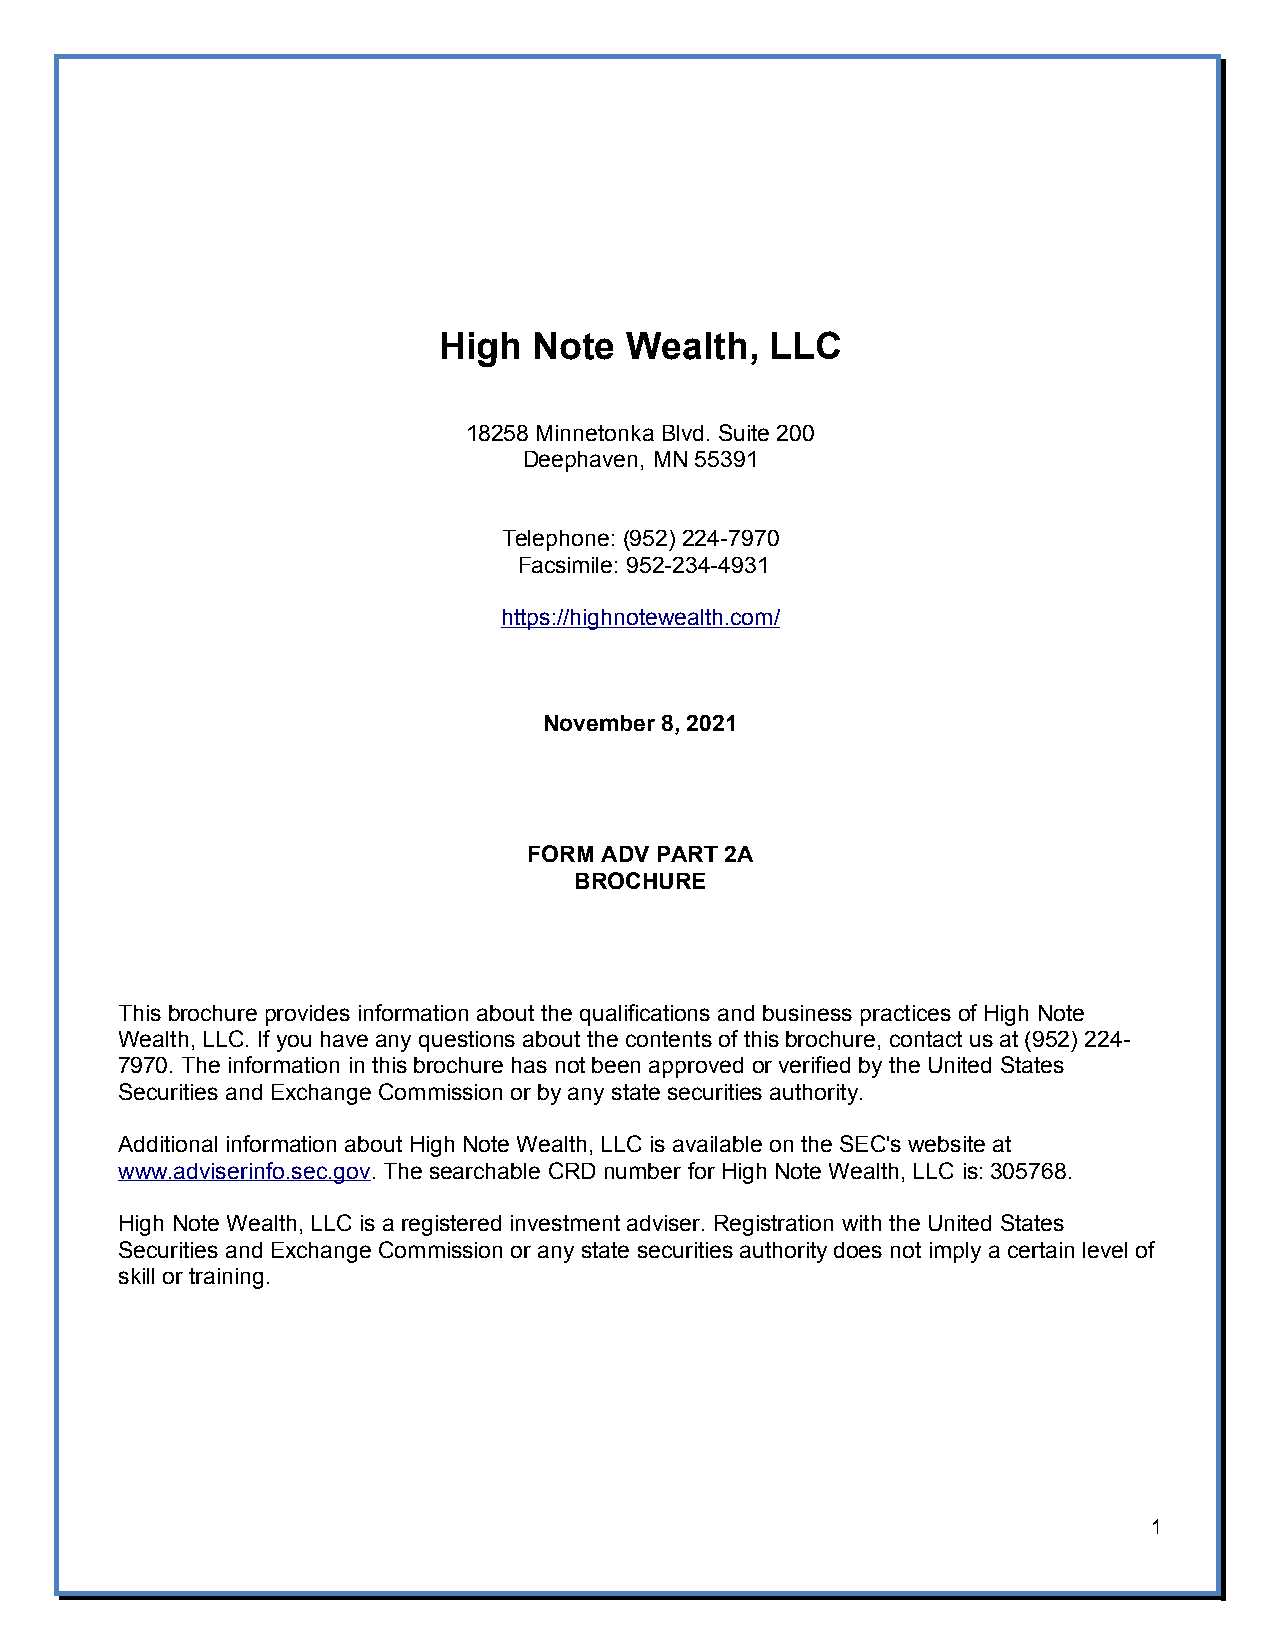
High  Note  Wealth,   LLC
 18258 Minnetonka Blvd. Suite 200
 Deephaven, MN 55391
 Telephone: (952) 224-7970
 Facsimile: 952-234-4931
 https://highnotewealth.com/
 November 8, 2021
 FORM ADV PART 2A
 BROCHURE
 This brochure provides information about the qualifications and business practices of High Note
 Wealth, LLC. If you have any questions about the contents of this brochure, contact us at (952) 224-
 7970. The information in this brochure has not been approved or verified by the United States
 Securities and Exchange Commission or by any state securities authority.
 Additional information about High Note Wealth, LLC is available on the SEC's website at
 www.adviserinfo.sec.gov. The searchable CRD number for High Note Wealth, LLC is: 305768.
 High Note Wealth, LLC is a registered investment adviser. Registration with the United States
 Securities and Exchange Commission or any state securities authority does not imply a certain level of
 skill or training.
 1